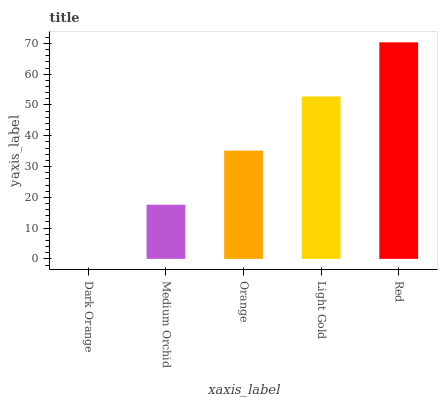
| xaxis_label | bars |
 | --- | --- |
 | Dark Orange | 0 |
 | Medium Orchid | 17.6 |
 | Orange | 35.2 |
 | Light Gold | 52.8 |
 | Red | 70.3 |